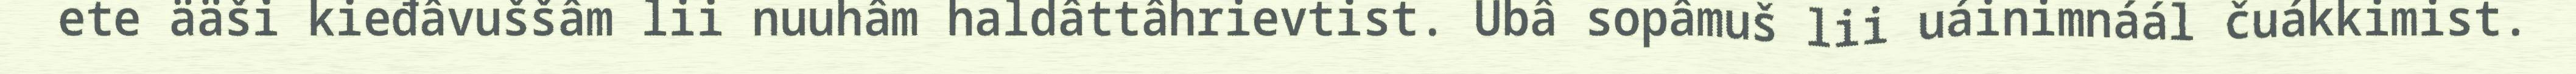
ete ääši kieđâvuššâm lii nuuhâm haldâttâhrievtist. Ubâ sopâmuš lii uáinimnáál čuákkimist.